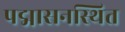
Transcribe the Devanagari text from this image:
पद्मासनस्थित